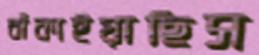
বাঁকাইয়াছিস